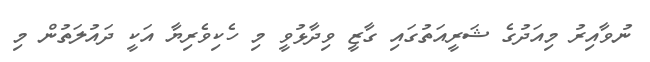
ނުވާއިރު މިއަދުގެ ޝަރީއަތުގައި ގާޒީ ވިދާޅުވީ މި ހެކިވެރިޔާ އަކީ ދައުލަތުން މި